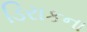
ડિરાકના